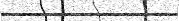
١٦